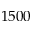
1 5 0 0